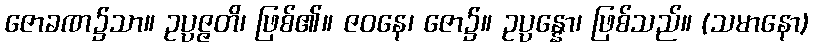
ဇောခဏ၌သာ။ ဥပ္ပဇ္ဇတိ၊ ဖြစ်၏။ ဇဝနေ၊ ဇော၌။ ဥပ္ပန္နော၊ ဖြစ်သည်။ (သမာနော)